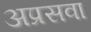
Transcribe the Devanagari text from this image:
अप्रसवा